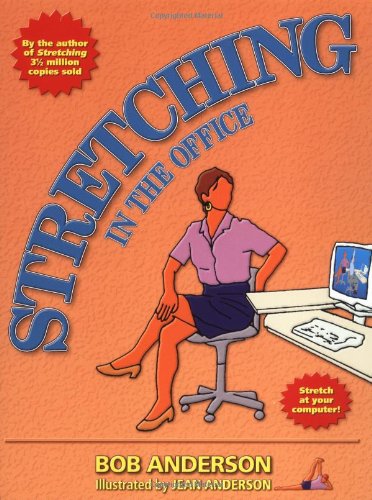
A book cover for Stretching in the Office; Bob Anderson; Health, Fitness & Dieting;